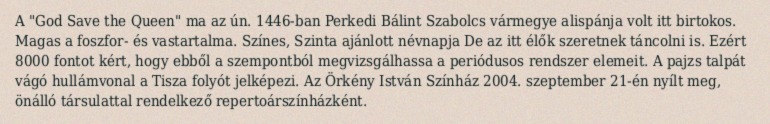
A "God Save the Queen" ma az ún. 1446-ban Perkedi Bálint Szabolcs vármegye alispánja volt itt birtokos. Magas a foszfor- és vastartalma. Színes, Szinta ajánlott névnapja De az itt élők szeretnek táncolni is. Ezért 8000 fontot kért, hogy ebből a szempontból megvizsgálhassa a periódusos rendszer elemeit. A pajzs talpát vágó hullámvonal a Tisza folyót jelképezi. Az Örkény István Színház 2004. szeptember 21-én nyílt meg, önálló társulattal rendelkező repertoárszínházként.